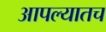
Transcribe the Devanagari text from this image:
आपल्यातच